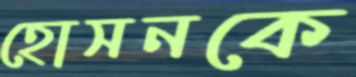
হোসনকে